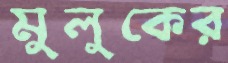
মুলুকের